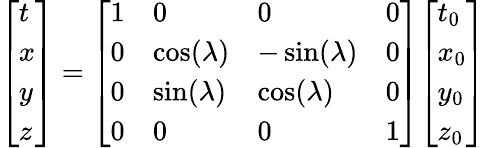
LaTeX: {\left[\begin{array}{l}{t}\\ {x}\\ {y}\\ {z}\end{array}\right]}={\left[\begin{array}{llll}{1}&{0}&{0}&{0}\\ {0}&{\cos(\lambda)}&{-\sin(\lambda)}&{0}\\ {0}&{\sin(\lambda)}&{\cos(\lambda)}&{0}\\ {0}&{0}&{0}&{1}\end{array}\right]}{\left[\begin{array}{l}{t_{0}}\\ {x_{0}}\\ {y_{0}}\\ {z_{0}}\end{array}\right]}